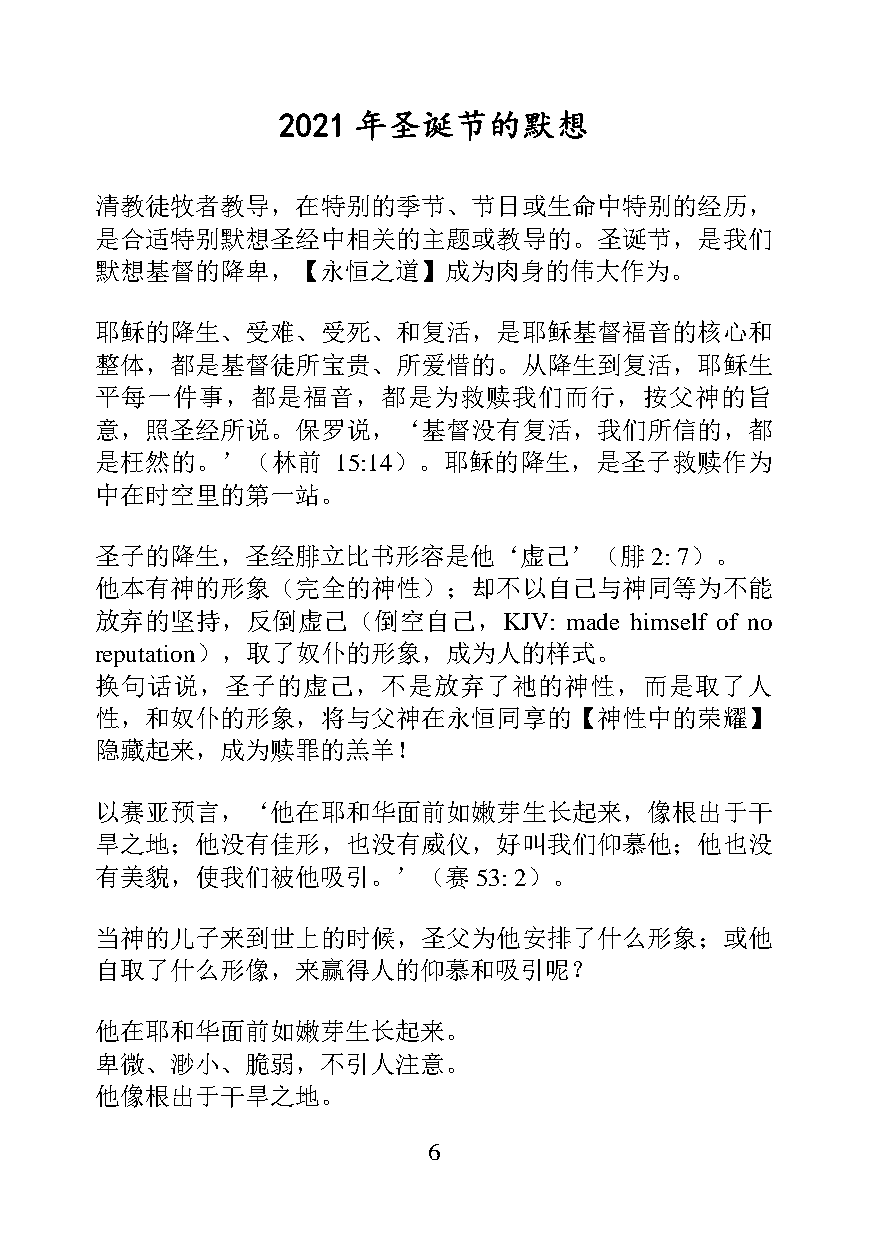
2021 年圣诞节的默想
 清教徒牧者教导，在特别的季节、节日或生命中特别的经历，
 是合适特别默想圣经中相关的主题或教导的。圣诞节，是我们
 默想基督的降卑，【永恒之道】成为肉身的伟大作为。
 耶稣的降生、受难、受死、和复活，是耶稣基督福音的核心和
 整体，都是基督徒所宝贵、所爱惜的。从降生到复活，耶稣生
 平每一件事，都是福音，都是为救赎我们而行，按父神的旨
 意，照圣经所说。保罗说，‘基督没有复活，我们所信的，都
 是枉然的。’（林前       15:14）。耶稣的降生，是圣子救赎作为
 中在时空里的第一站。
 圣子的降生，圣经腓立比书形容是他‘虚己’（腓               2: 7）。
 他本有神的形象（完全的神性）；却不以自己与神同等为不能
 放弃的坚持，反倒虚己（倒空自己，KJV:           made himself of no
 reputation），取了奴仆的形象，成为人的样式。
 换句话说，圣子的虚己，不是放弃了祂的神性，而是取了人
 性，和奴仆的形象，将与父神在永恒同享的【神性中的荣耀】
 隐藏起来，成为赎罪的羔羊！
 以赛亚预言，‘他在耶和华面前如嫩芽生长起来，像根出于干
 旱之地；他没有佳形，也没有威仪，好叫我们仰慕他；他也没
 有美貌，使我们被他吸引。’（赛53:          2）。
 当神的儿子来到世上的时候，圣父为他安排了什么形象；或他
 自取了什么形像，来赢得人的仰慕和吸引呢？
 他在耶和华面前如嫩芽生长起来。
 卑微、渺小、脆弱，不引人注意。
 他像根出于干旱之地。
 6